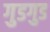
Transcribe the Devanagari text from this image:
गुडगुड